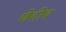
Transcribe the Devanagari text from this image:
खेदीब